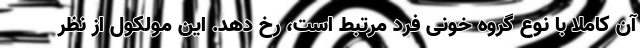
آن کاملاً با نوع گروه خونی فرد مرتبط است، رخ دهد. این مولکول از نظر